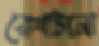
রেখাটানা